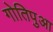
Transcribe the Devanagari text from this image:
गोतिपुआ